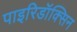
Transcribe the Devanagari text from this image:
पाइरिडॉक्सिन